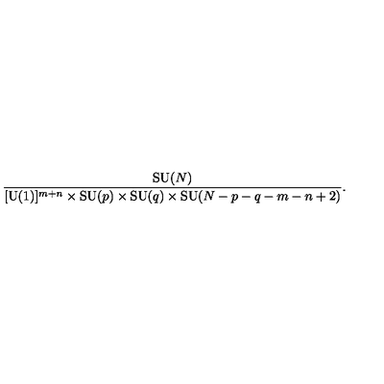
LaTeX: { \frac { \mathrm { S U } ( N ) } { [ \mathrm { U } ( 1 ) ] ^ { m + n } \times \mathrm { S U } ( p ) \times \mathrm { S U } ( q ) \times \mathrm { S U } ( N - p - q - m - n + 2 ) } } .